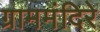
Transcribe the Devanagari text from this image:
ग्राममंदिरे